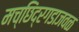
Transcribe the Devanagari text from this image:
मच्छिंद्रगडाजवळ